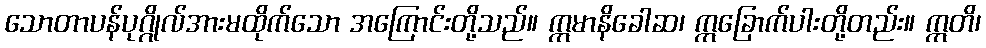
သောတာပန်ပုဂ္ဂိုလ်အားမထိုက်သော အကြောင်းတို့သည်။ ဣမာနိခေါဆ၊ ဣခြောက်ပါးတို့တည်း။ ဣတိ၊